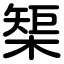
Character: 榘